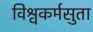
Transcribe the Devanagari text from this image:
विश्वकर्मसुता